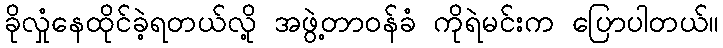
ခိုလှုံနေထိုင်ခဲ့ရတယ်လို့ အဖွဲ့တာဝန်ခံ ကိုရဲမင်းက ပြောပါတယ်။